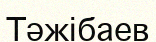
Тәжібаев